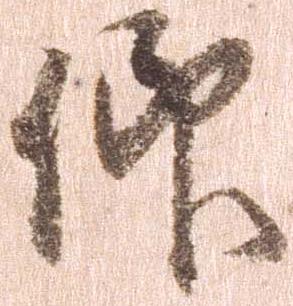
仰